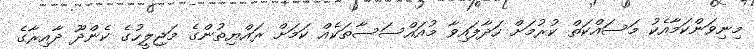
މިނިވަންކަމާއެކު މަސައްކަތް ކުރުމަށް ހަދާފައިވާ މުއައްސަސާތަކެއް ކަމަށް ރައްޔިތުންގެ މަޖިލީހުގެ ކެންދޫ ދާއިރާގެ